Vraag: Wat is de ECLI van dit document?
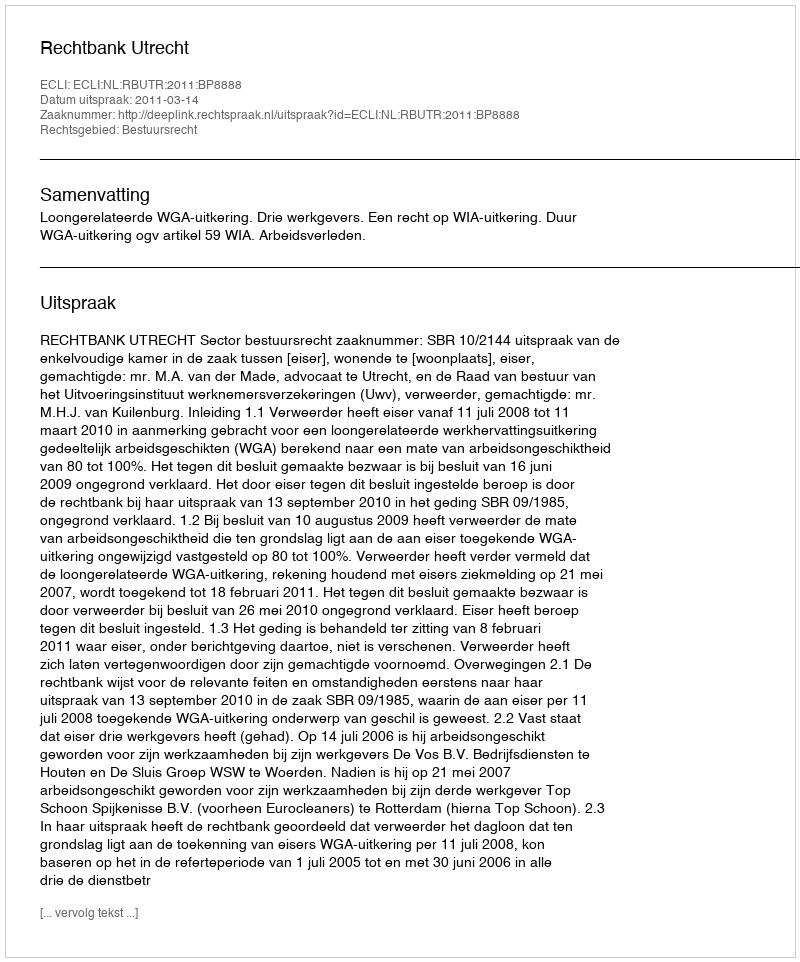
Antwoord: ECLI:NL:RBUTR:2011:BP8888